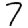
Digit: 7